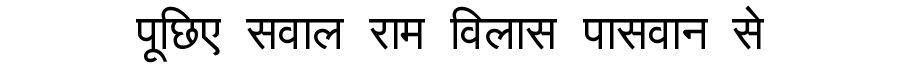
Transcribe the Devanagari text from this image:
पूछिए सवाल राम विलास पासवान से